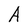
Character: A